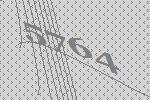
5764